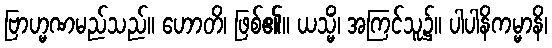
ဗြာဟ္မဏမည်သည်။ ဟောတိ၊ ဖြစ်၏။ ယသ္မိံ၊ အကြင်သူ၌။ ပါပါနိကမ္မာနိ၊